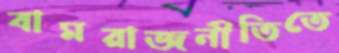
বামরাজনীতিতে